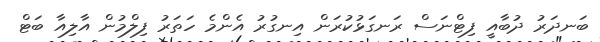
ބަނދަރު ދުބާއީ ފިޓްނަސް ރަނގަޅުކުރަން އިނގުރު އެންމެ ހަތަރު ފިލްމުން އާލިއާ ބަޓް